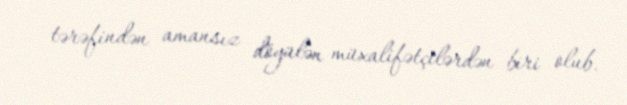
tərəfindən amansız döyülən müxalifətçilərdən biri olub.